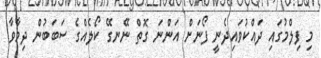
މި ފިލްމުގައި ދައްކުވައިދެނީ ފޯނަށް އަންނަ ގޮތް ނޭނގޭ ކޯލެއްގެ ސަބަބުން ދިމާވާ